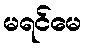
မရင်မေ